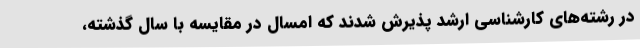
در رشته‌های کارشناسی ارشد پذیرش شدند که امسال در مقایسه با سال گذشته،